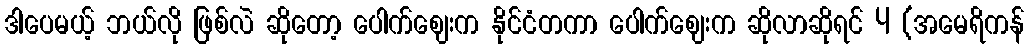
ဒါပေမယ့် ဘယ်လို ဖြစ်လဲ ဆိုတော့ ပေါက်ဈေးက နိုင်ငံတကာ ပေါက်ဈေးက ဆိုလာဆိုရင် 4 (အမေရိကန်